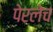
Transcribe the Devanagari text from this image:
पेरलेच